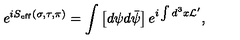
e ^ { i S _ { \mathrm { e f f } } ( \sigma , \tau , \pi ) } = \int \left[ d \psi d \bar { \psi } \right] e ^ { i \int d ^ { 3 } x { \cal L } ^ { \prime } } ,